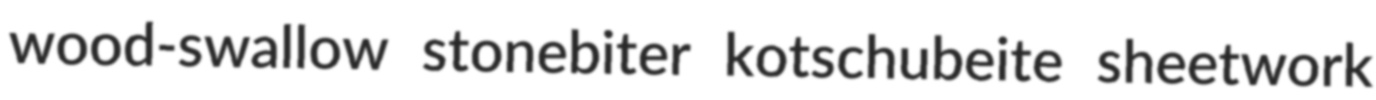
wood-swallow stonebiter kotschubeite sheetwork